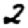
Digit: 2